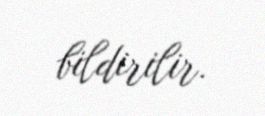
bildirilir.